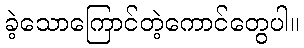
ခဲ့သောကြောင်တဲ့ကောင်တွေပါ။